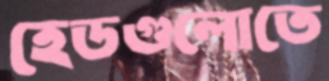
হেডগুলোতে